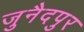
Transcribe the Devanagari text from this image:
जुनैदपुर